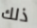
ذلك